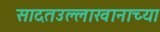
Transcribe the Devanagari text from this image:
सादतउल्लाखानाच्या